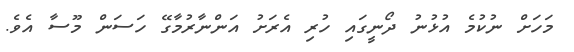
މަހަށް ނުކުމެ އުޅުނު ދޯނީގައި ހުރި އެރަށު އަންނާރުމާގޭ ހަސަން މޫސާ އެވެ.